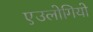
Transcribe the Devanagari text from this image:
एउलोगियो